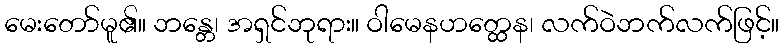
မေးတော်မူ၏။ ဘန္တေ၊ အရှင်ဘုရား။ ဝါမေနဟတ္ထေန၊ လက်ဝဲဘက်လက်ဖြင့်။